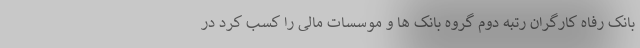
بانک رفاه کارگران رتبه دوم گروه بانک ها و موسسات مالی را کسب کرد در